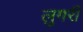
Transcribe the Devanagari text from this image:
लुगरी